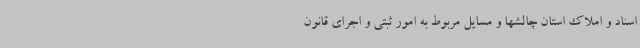
اسناد و املاک استان چالشها و مسایل مربوط به امور ثبتی و اجرای قانون